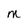
Character: M